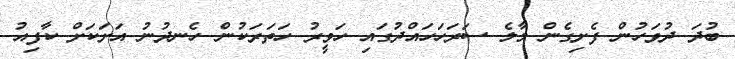
ބުދަ ދުވަހުން ފެށިގެން މާލެ ސަރަހަހައްދުގައި ހަވީރު ހަތަރަކުން ހެނދުނު އަށަކަށް ކާފިއު